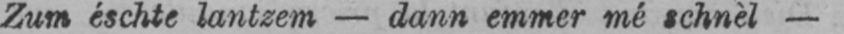
Zum éschte lantzem - dann emmer mé schnèl-